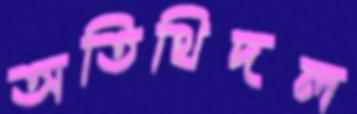
অতিথিদল